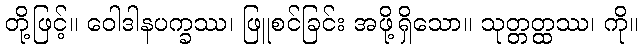
တို့ဖြင့်။ ဝေါဒါနပက္ခဿ၊ ဖြူစင်ခြင်း အဖို့ရှိသော။ သုတ္တတ္ထဿ၊ ကို။